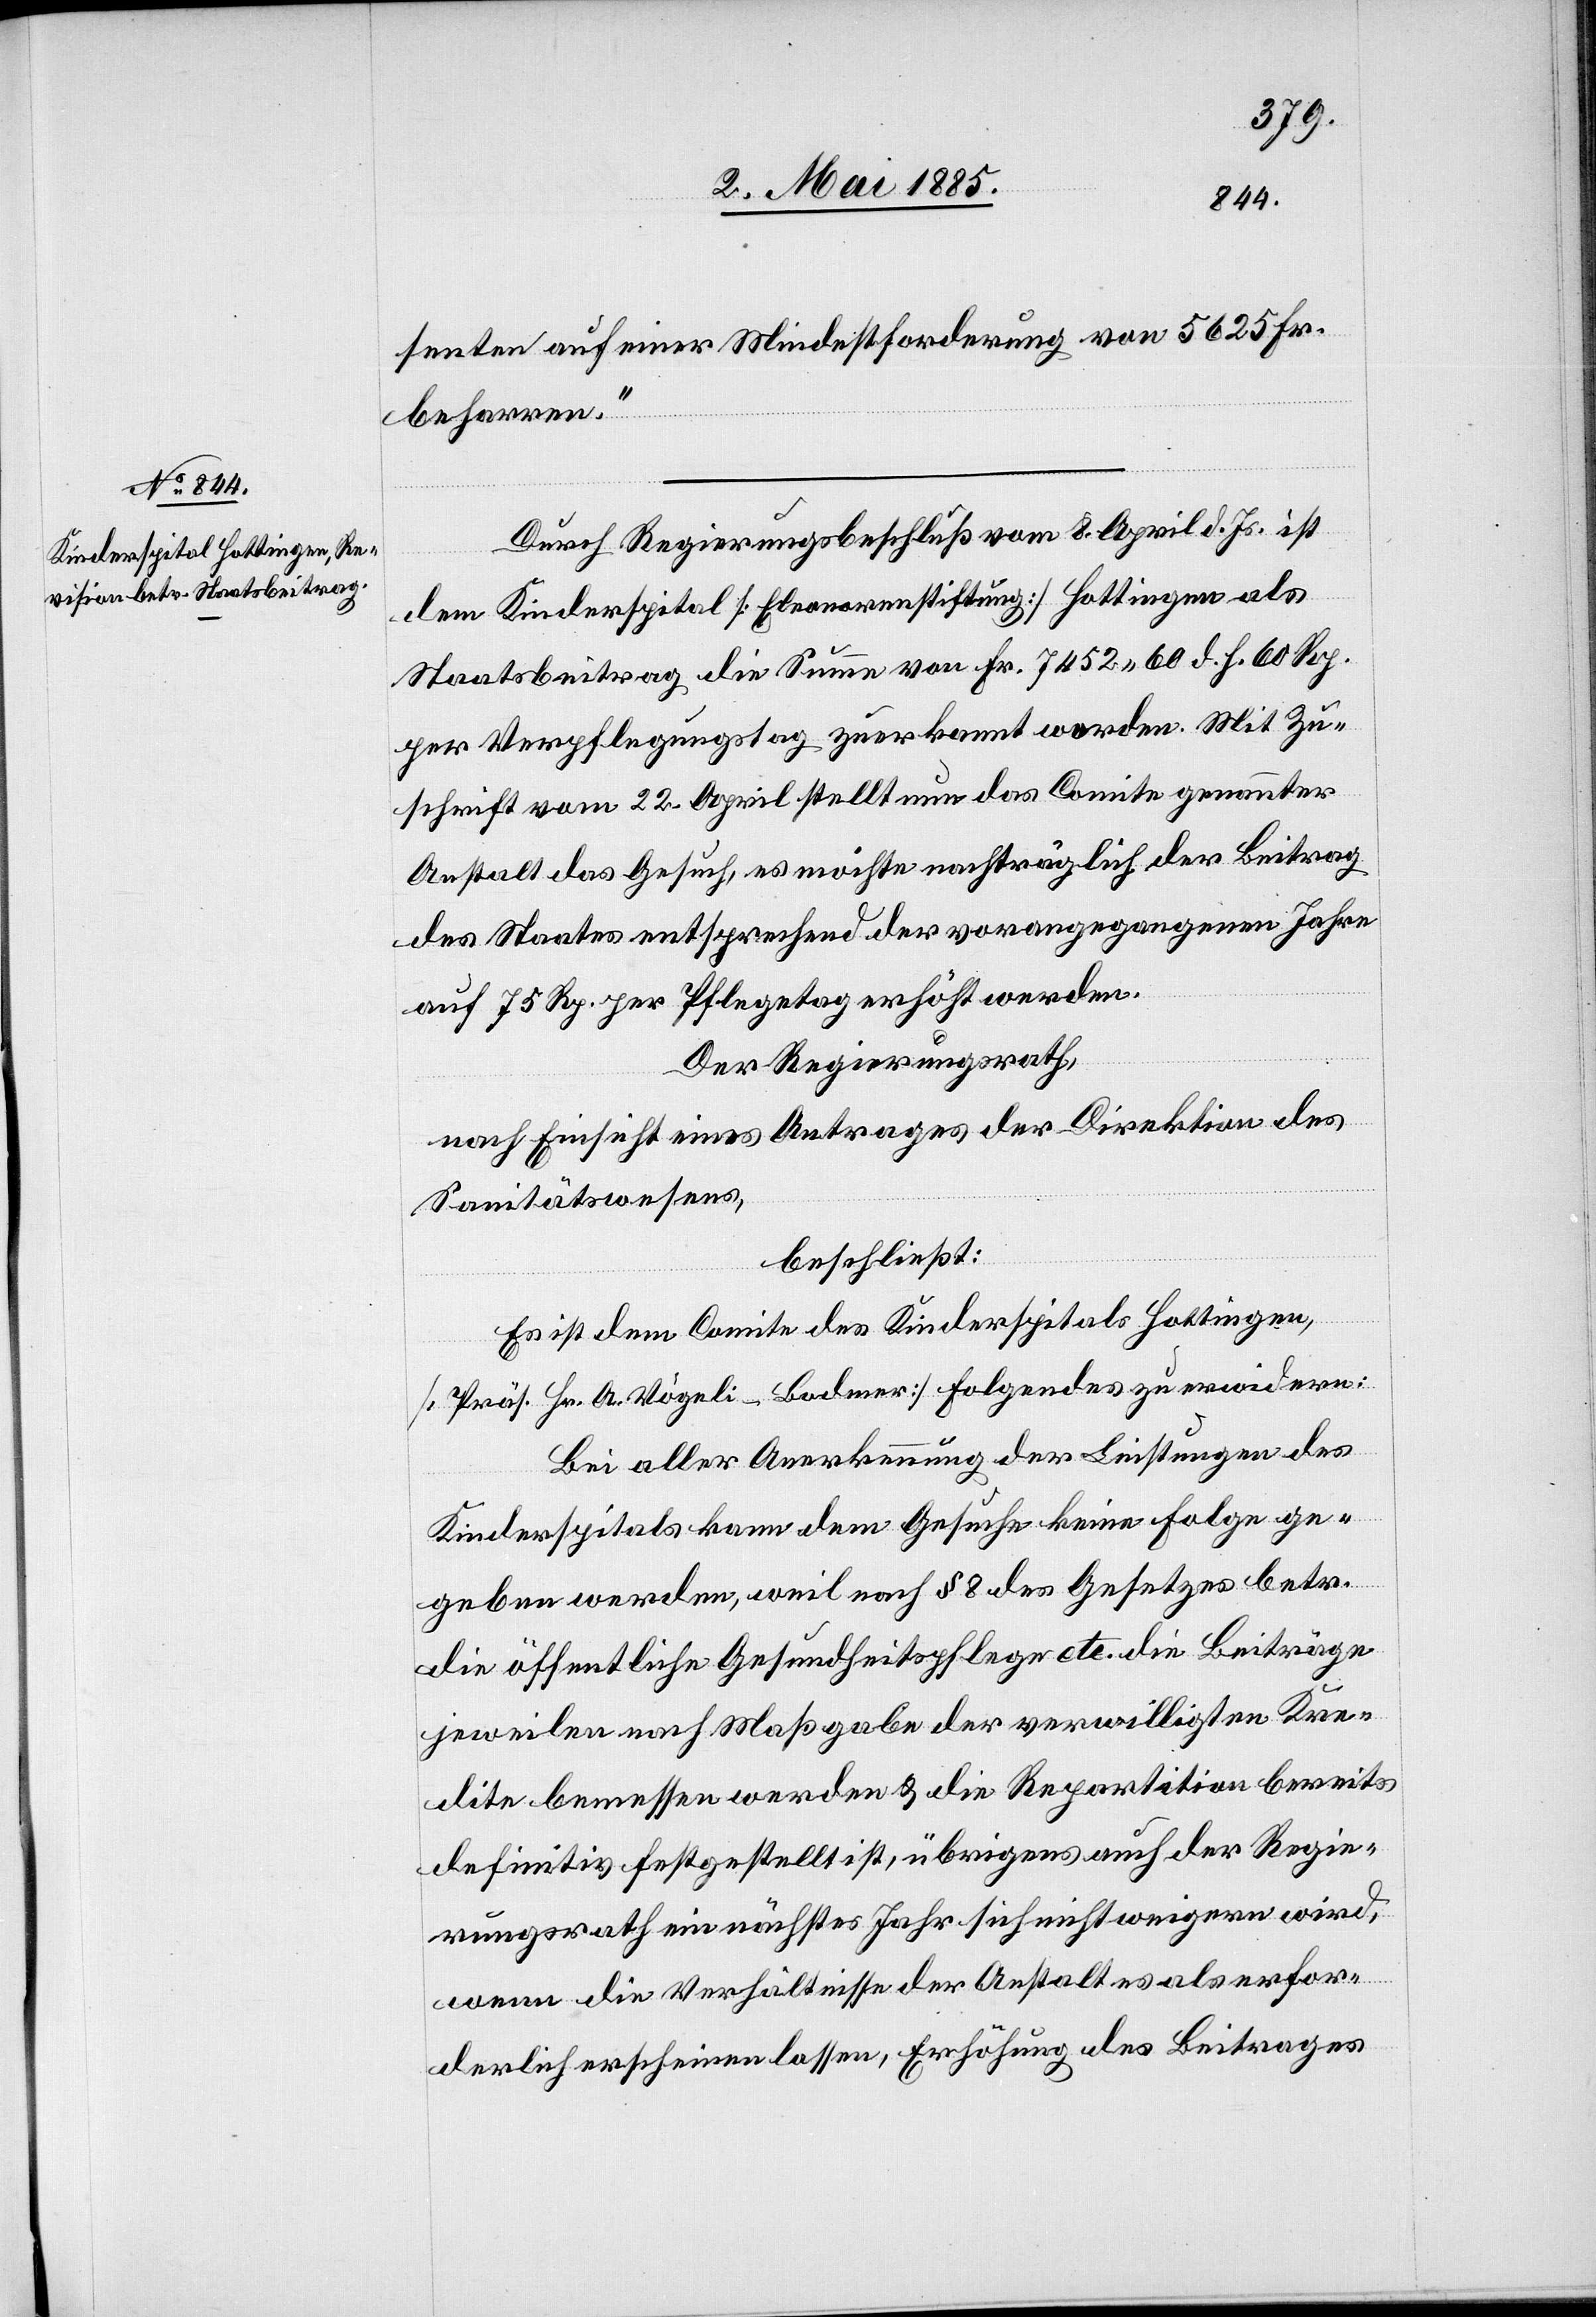
senten auf einer Mindestforderung von 5625 Fr.
beharren.“
Durch Regierungsbeschluß vom 8. April d. Js. ist
dem Kinderspital [Eleonorenstiftung] Hottingen als
Staatsbeitrag die Summe von Fr. 7452 60 d. h. 60 Rp.
per Verpflegungstag zuerkannt worden. Mit Zu¬
schrift vom 22. April stellt nun das Comite genannter
Anstalt das Gesuch, es möchte nachträglich der Beitrag
des Staates entsprechend der vorangegangenen Jahre
auf 75 Rp. per Pflegetag erhöht werden.
Der Regierungsrath,
nach Einsicht eines Antrages der Direktion des
Sanitätswesens,
beschließt:
Es ist dem Comite des Kinderspitals Hottingen,
[Präs. Hr. A. Vögeli-Bodmer] folgendes zu erwidern:
Bei aller Anerkennung der Leistungen des
Kinderspitals kann dem Gesuche keine Folge ge¬
geben werden, weil nach § 8 des Gesetzes betr.
die öffentliche Gesundheitspflege etc. die Beiträge
jeweilen nach Maßgabe der verwilligten Kre¬
dite bemessen werden & die Repartition bereits
definitiv festgestellt ist, übrigens auch der Regie¬
rungsrath ein nächstes Jahr sich nicht weigern wird,
wenn die Verhältnisse der Anstalt es als erfor¬
derlich erscheinen lassen, Erhöhung des Beitrages